Sketch of the medical history of the native army of Bombay, for the year
Year: 1870
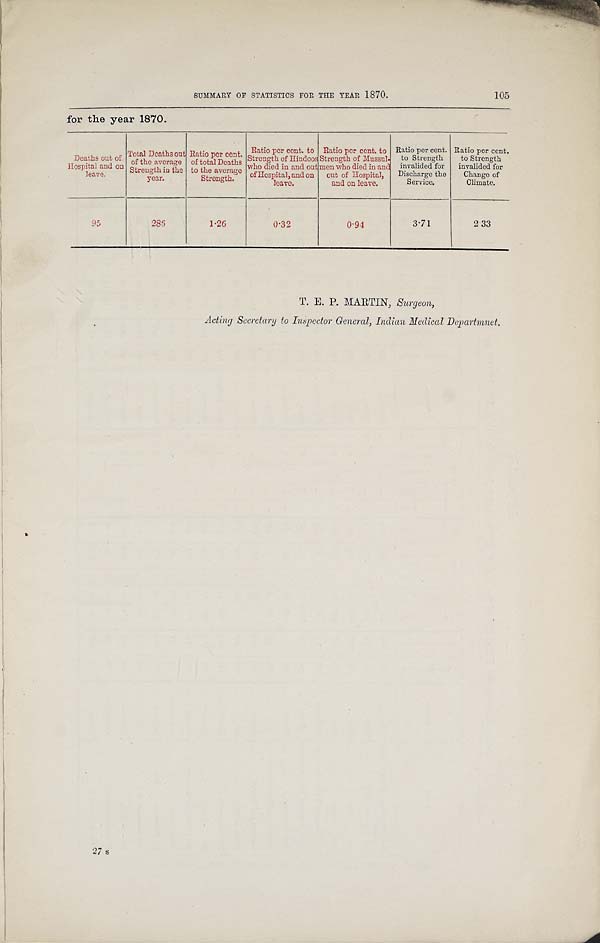
SUMMARY OF STATISTICS FOR THE YEAR 1870. 105
for the year 1870.
Deaths out of
H o s p i t a l
and on
leave.
Total Deaths out
of the average
in the
year.
Ratio per cent.
of total Deaths
to the average
Strength.
Ratio per cent. to
Strength of Hindoos
who died in and out
of Hospital, and on
leave.
Ratio per cent. to
Strength of Mussul
men who died in and
out of Hospital,
and on leave.
Ratio per cent.
to Strength
invalided for
Discharge the
Service.
Ratio per cent.
to Strength
invalided for
Change of
Climate.
2 33
95
2 8 6
1.26
0.32
0.94
3.71
T. E. P. MARTIN, Surgeon,
Acting Secretary to In spector General, Indian Medical Department.